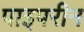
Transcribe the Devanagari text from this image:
पाइपरीन